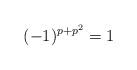
LaTeX: \begin{align*}(-1)^{p+p^2}=1 \end{align*}